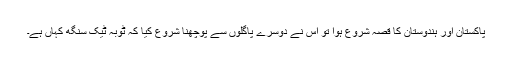
پاکستان اور ہندوستان کا قصّہ شروع ہوا تو اس نے دوسرے پاگلوں سے پوچھنا شروع کیا کہ ٹوبہ ٹیک سنگھ کہاں ہے۔